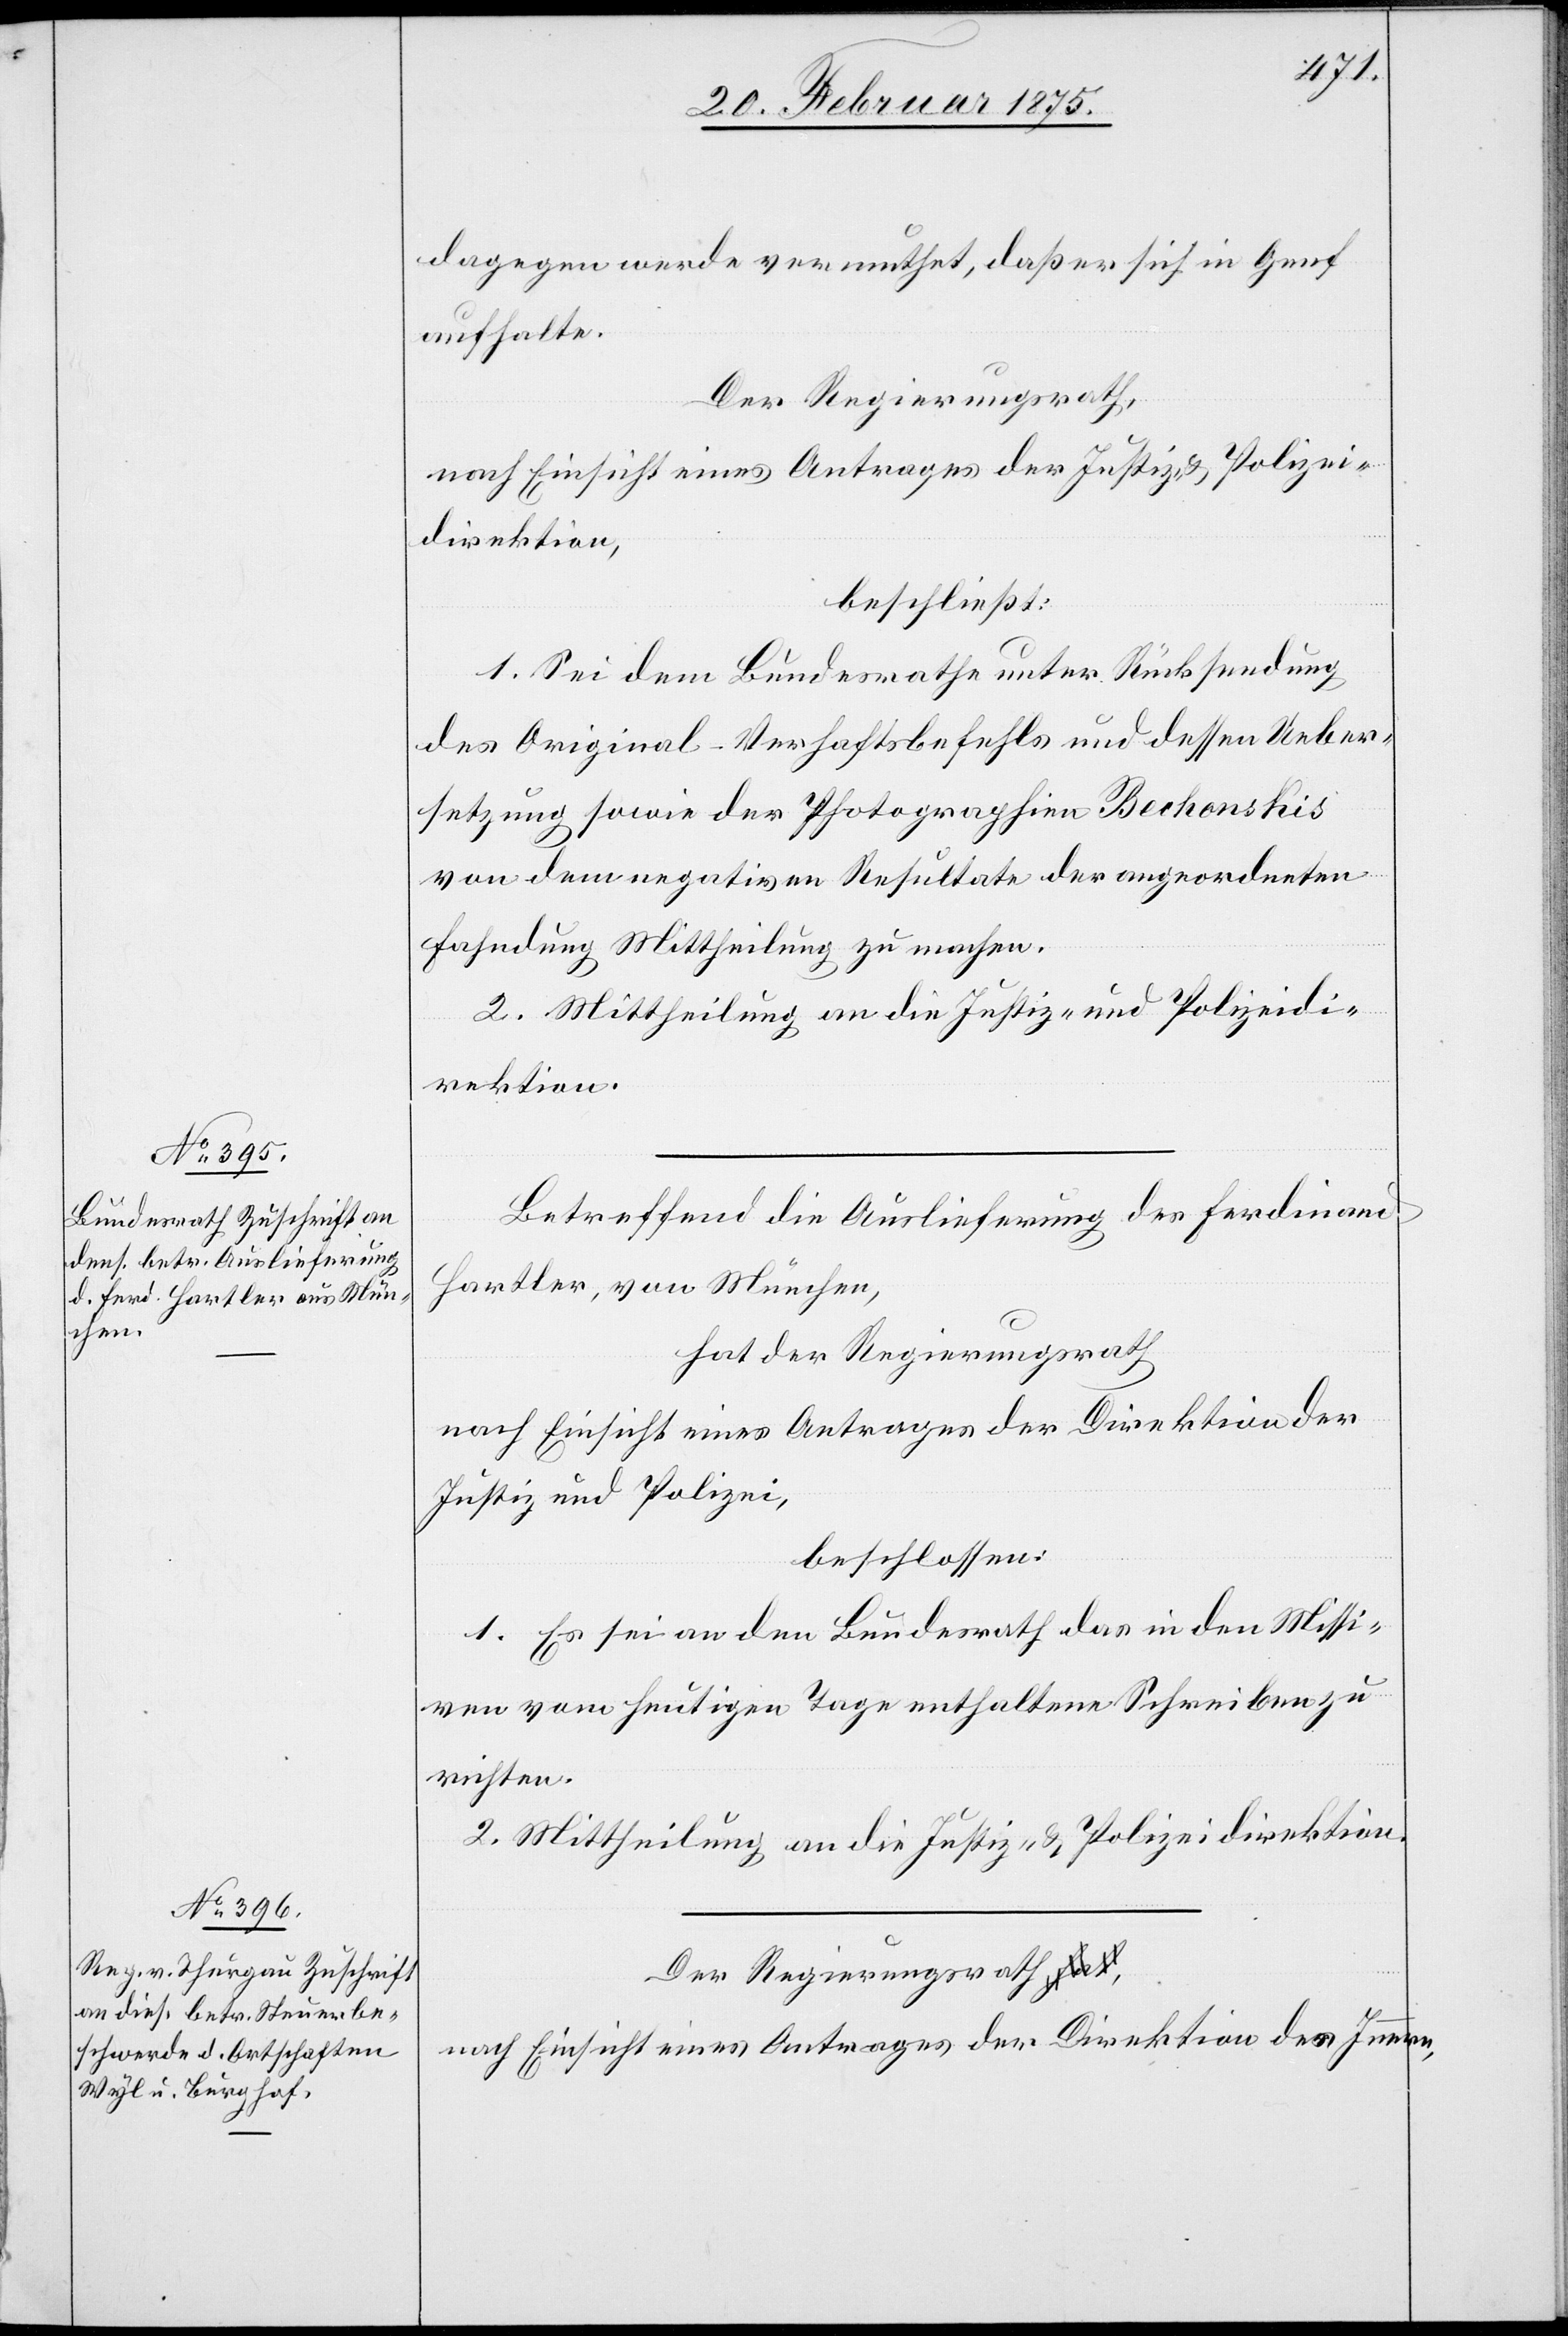
dagegen werde vermuthet, daß er sich in Genf
aufhalte.
Der Regierungsrath
nach Einsicht eines Antrages der Justiz- u. Polizei¬
direktion,
beschließt:
1. Sei dem Bundesrathe unter Rücksendung
des Original-Verhaftsbefehls und dessen Ueber¬
setzung sowie der Photographien Bechonskis
von dem negativen Resultate der angeordneten
Fahndung Mittheilung zu machen.
2. Mittheilung an die Justiz- und Polizeidi¬
rektion.
Betreffend die Auslieferung des Ferdinand
Hartler, von München,
hat der Regierungsrath
nach Einsicht eines Antrages der Direktion
Justiz und Polizei,
beschlossen:
1. Es sei an den Bundesrath das in den Missi¬
ven vom heutigen Tage enthaltene Schreiben zu
richten.
2. Mittheilung an die Justiz- u. Polizeidirektion.
nach Einsicht eines Antrages der Direktion des Innern,